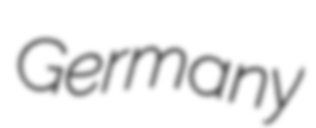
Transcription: Germany